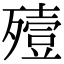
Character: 殪